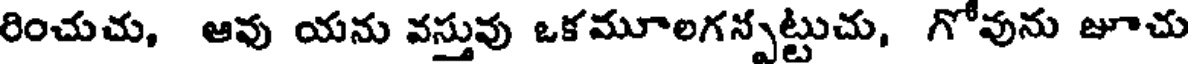
రించుచు, ఆవు యను వస్తువు ఒకమూలగన్పట్టుచు, గోవును జూచు